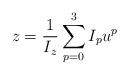
LaTeX: \begin{align*}z=\frac{1}{I_z}\sum_{p=0}^3 I_p u^p\end{align*}